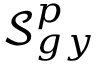
\mathcal { S } _ { g y } ^ { p }